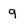
Character: 9